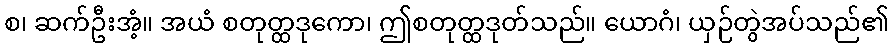
စ၊ ဆက်ဦးအံ့။ အယံ စတုတ္ထဒုကော၊ ဤစတုတ္ထဒုတ်သည်။ ယောဂံ၊ ယှဉ်တွဲအပ်သည်၏